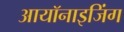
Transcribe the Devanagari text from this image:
आयॉनाइजिंग